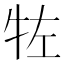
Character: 𰠯